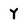
Character: Y